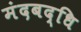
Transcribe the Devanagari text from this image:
मंदबद्धि